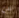
عن